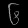
Digit: ၆